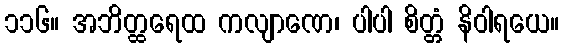
၁၁၆။ အဘိတ္ထရေထ ကလျာဏေ၊ ပါပါ စိတ္တံ နိဝါရယေ။